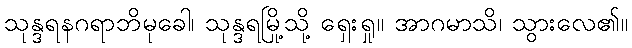
သုန္ဒရနဂရာဘိမုခေါ၊ သုန္ဒရမြို့သို့ ရှေးရှု။ အာဂမာသိ၊ သွားလေ၏။